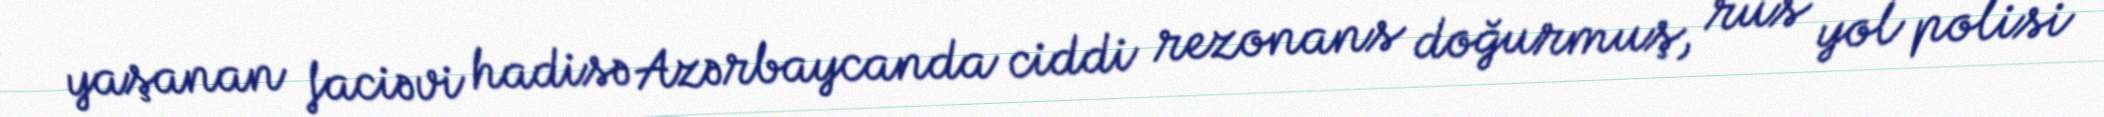
yaşanan faciəvi hadisə Azərbaycanda ciddi rezonans doğurmuş, rus yol polisi